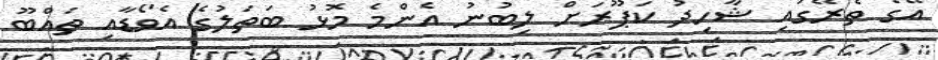
އޭގެ ތެރޭގައި ޝާހިދު ކަޕޫރަށް ލިބުނު އެންމެ މޮޅު ބަތަލުގެ އެވޯޑާއި ތައްބޫ